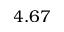
4 . 6 7